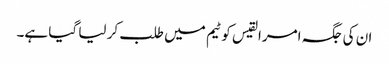
ان کی جگہ امرالقیس کو ٹیم میں طلب کر لیا گیا ہے۔